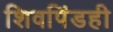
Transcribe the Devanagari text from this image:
शिवपिंडही